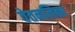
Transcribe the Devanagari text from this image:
वेतनलिका